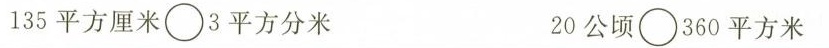
135平方厘米\circ3平方分米 20公顷\circ360平方米